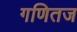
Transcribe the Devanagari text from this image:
गणितज